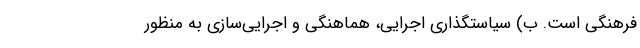
فرهنگی است. ب) سیاستگذاری اجرایی، هماهنگی و اجرایی‌سازی به منظور